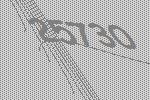
25730